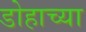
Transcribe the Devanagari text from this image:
डोहाच्या